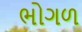
ભોગળ